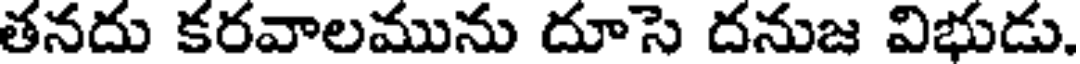
తనదు కరవాలమును దూసె దనుజ విభుడు.